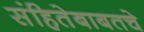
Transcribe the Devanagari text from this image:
संहितेबाबतचे